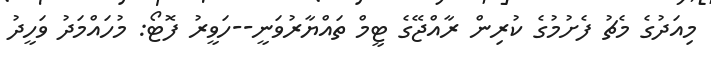
މިއަދުގެ މެޗު ފެށުމުގެ ކުރިން ރާއްޖޭގެ ޓީމް ތައްޔާރުވަނީ--ހަވީރު ފޮޓޯ: މުހައްމަދު ވަހީދު